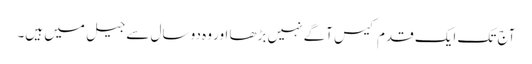
آج تک ایک قدم کیس آگے نہیں بڑھا اور وہ دو سال سے جیل میں ہیں۔